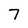
Character: 7